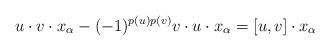
LaTeX: \begin{align*}u\cdot v\cdot x_{\alpha}-(-1)^{p(u)p(v)}v\cdot u\cdot x_{\alpha}=[u,v]\cdot x_{\alpha}\end{align*}